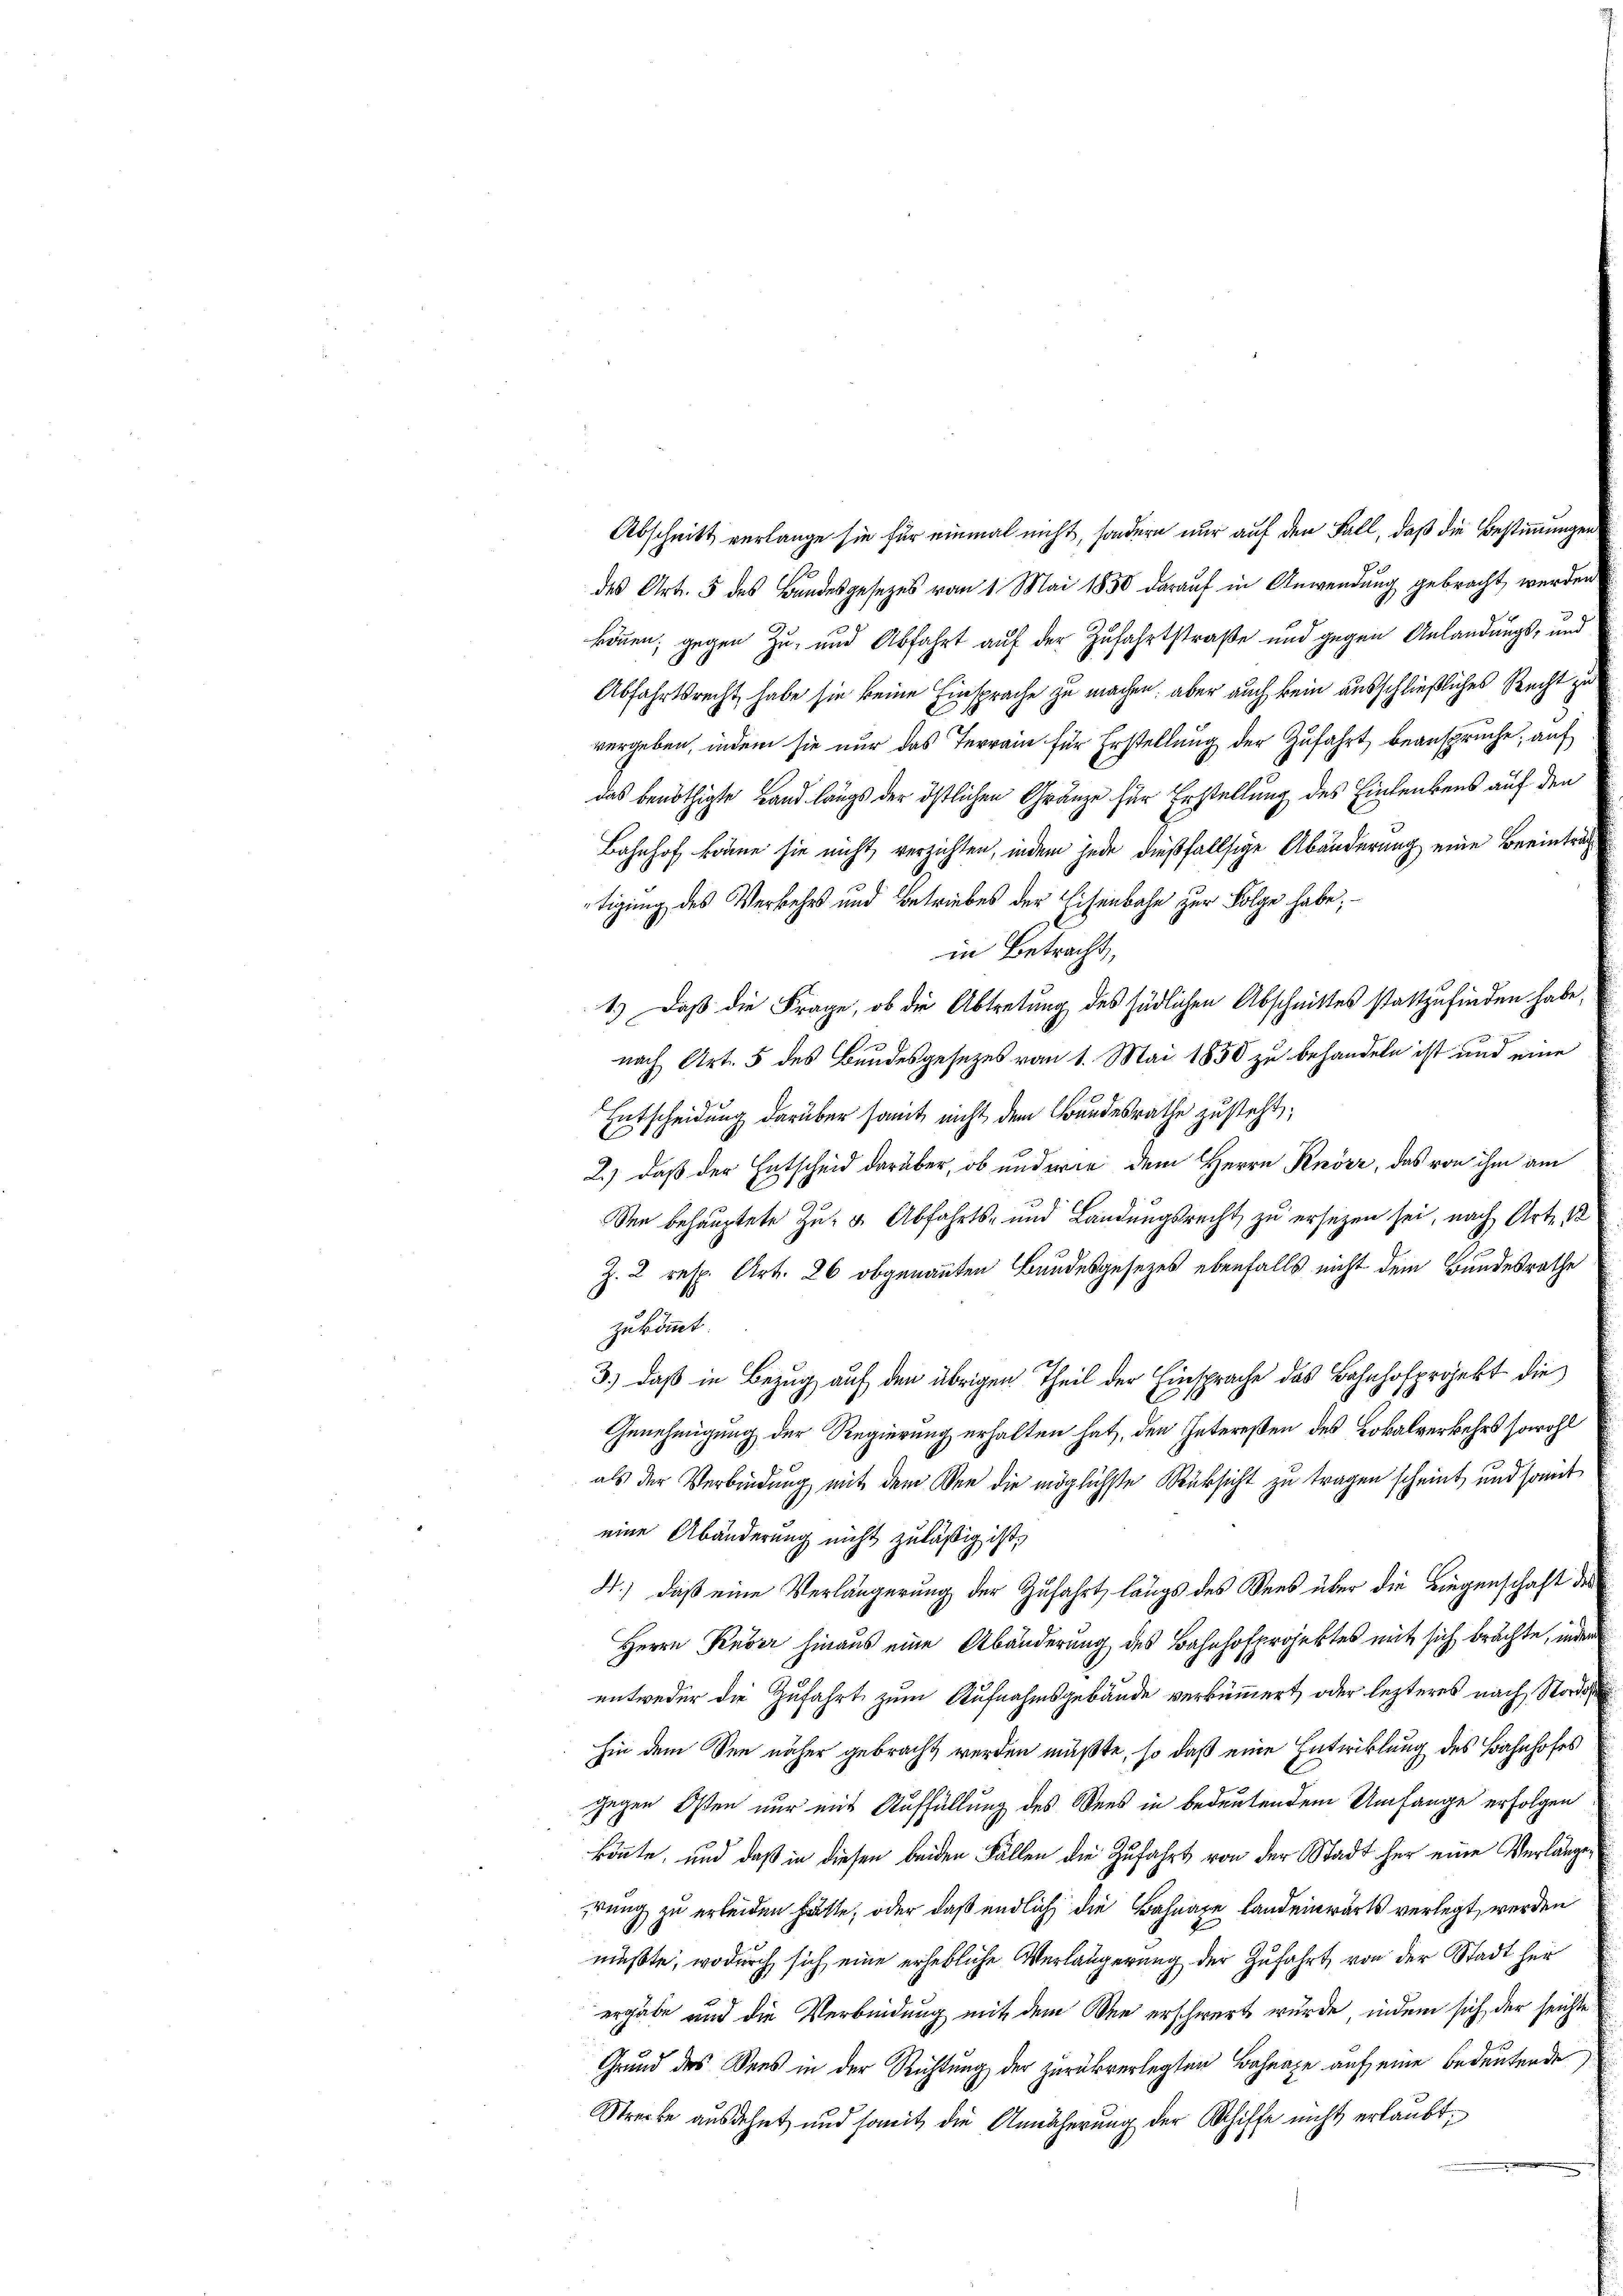
Abschnitt verlange sie für einmal nicht, sondern nur auf den Fall, daß die Bestimmungen
des Art. 5 des Bandesgesezes vom 1. Mai 1850 darauf in Anwendung gebracht werden
können; gegen Zu- und Abfahrt auf der Zufahrtstraße und gegen Anlandungs- und
Abfahrtsrecht, habe sie keine Einsprache zu machen, aber auch kein ausschließliches Recht zu
vergeben, indem sie nur das Terrain für Erstellung der Zufahrt beansprüche; auf
das benöthigte Land längs der östlichen Gränze für Erstellung des Einlenkens auf den
Bahnhof könne sie nicht verzichten, indem jede dießfallsige Abänderung eine Beeinträg
tigung des Verkehrs und Betriebes der Eisenbahn zur Folge habe,
in Betracht,
1.) Daß die Frage, ob die Abtretung des südlichen Abschnittes stattzufinden habe,
nach Art. 5 des Bundesgesezes vom 1. Mai 1850 zu behandeln ist und eine
Entscheidung darüber samt nicht dem Bundesrathe zusteht;
E
2.) daß der Entscheid darüber, ob und wie dem Herrn Knörz, das von ihm am
den behauptete Zu- u Abfahrts- und Landungsrecht zu ersezen sei, nach Art. 10
Z. 2 resp. Art. 26 obgenannten Bundesgesezes ebenfalls nicht dem Bundesrathe
zukommt.
3.) Daß in Bezug auf den übrigen Theil der Einsprache des Bahnhofprojekt die
Genehmigung der Regierung erhalten hat, den Intereßen des Lokalverkehrs sowohl
als der Verbindung mit dem Wer die möglichste Rücksicht zu tragen scheint, und somit
eine Abänderung nicht zuläßig ist,
d.) daß eine Verlängerung der Zufahrt längs des Sees über die Liegenschaft des
Herrn Ruber hinaus eine Abänderung des Bahnhofprojektes mit sich brachte, inder
entweder die Zufahrt zum Aufnahmsgebäude verkümmert, oder lezteres nach Stord
hin dem See näher gebracht werden müßte, so daß eine Entwicklung des Bahnhofes
gegen Osten nur mit Auffüllung des Sees in bedeutendem Umfange erfolgen
könnte, und daß in diesen beiden Fällen die Zufahrt von der Stadt her eine Verlangezung zu erleiden hätte, oder daß endlich die Bahnaze Landeinwärts verlegt werden
müßte, wodurch sich eine erhebliche Verlängerung der Zufahrt, von der Stadt her
ergäbe und die Verbindung mit dem See erschwert wurde, indem sich der seichte
Grund des Vers in der Richtung der zurükverlegten Bahnaxe auf eine Bedeutende,
Strecke ausdehnt und somit die Annäherung der Schiffe nicht erlaubt,